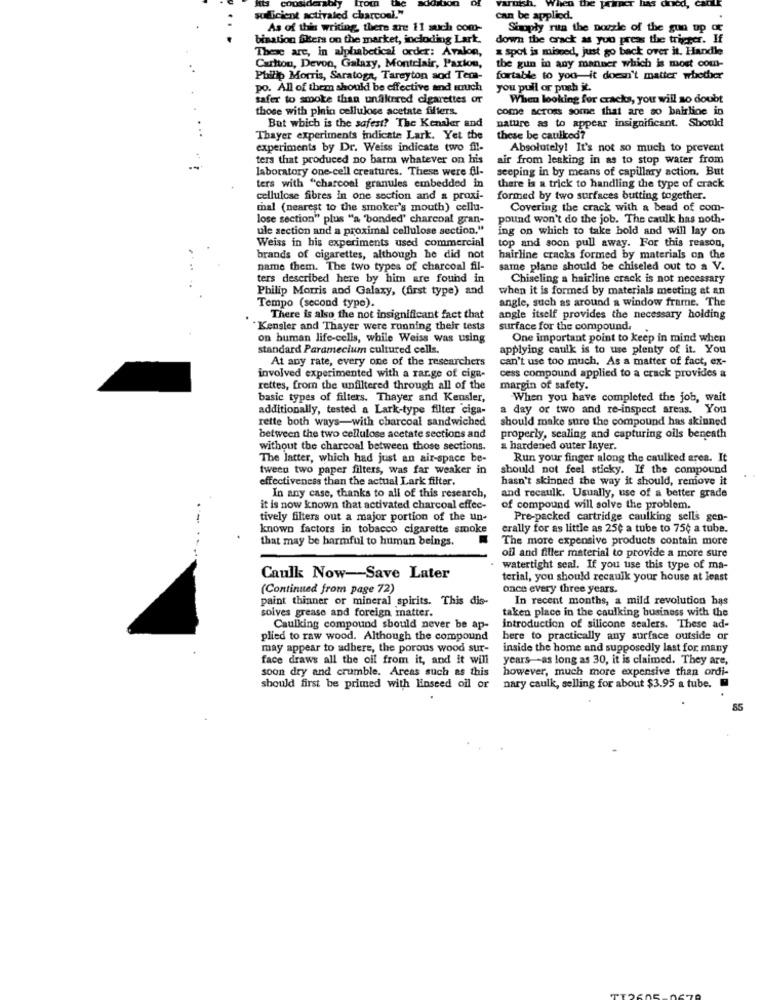
has
sufficient activated charcoal."
can be applied.
As of this writing, there are 11 such com-
Supply rita the nozzle of the gun up
bination filers on the market, including Lark.
down the crack as you press the trigger. If
These are, in alphabetical order: Avalon,
a spot is missed, just go back over it. Handle
the gun in any manner which is most com-
Carlton, Devon, Galaxy, Montclair, Paxton,
Philip Morris, Saratoga, Tareyton aod Tem-
fortable to you it doesn't matter whether
po. All of them should be effective and much
you pull or push it.
safer to smoke than unfiltered cigarettes or
When looking for cracks, you will s0 doubt
those with plain cellulose acetate fiffers.
come across some that are so bairline in
But which is the safest? The Kenaler and
nature as to appear insignificant. Should
Thayer experiments indicate Lark. Yet the
these be caulied?
experiments by Dr. Weiss indicate two fil-
Absolutely! It's not so much to prevent
ters that produced no barm whatever on his
air from leaking in as to stop water from
laboratory one-cell creatures. These were fl-
seeping in by means of capillary action. But
ters with "charcoal granules embedded in
there is a trick to handling the type of crack
cellulose fibres in one section and a proxi-
formed by two surfaces butting together.
mal (nearest to the smoker's mouth) cellu-
Covering the crack with a bead of com-
lose section" plus "a 'bonded' charcoal gran-
pound won't do the job. The caulk has noth-
ule section and a proximal cellulose section."
ing on which to take bold and will lay on
Weiss in his experiments used commercial
top and soon pull away. For this reason,
brands of cigarettes, although he did not
hairline cracks formed by materials on the
name them. The two types of charcoal fil-
same plane should be chiseled out to a V.
ters described here by him are found in
Chiseling a hairline crack is not necessary
Philip Morris and Galaxy, (first type) and
when it is formed by materials meeting at an
angle, such as around a window frame. The
Tempo (second type).
There is also the not insignificant fact that
angle itself provides the necessary holding
"Kensler and Thayer were running their tests
surface for the compound.
on human life-cells, while Weiss was using
One important point to keep in mind when
standard Paramecium cultured cells.
applying caulk is to use plenty of it. You
At any rate, every one of the researchers
can't use too much, As a matter of fact, ex-
involved experimented with a range of cign-
cess compound applied to a crack provides a
rettes, from the unfiltered through all of the
margin of safety.
basic types of filters. Thayer and Kensler,
When you have completed the job, wait
additionally, tested a Lark-type filter ciga-
a day or two and re-inspect areas. You
rette both ways-with charcoal sandwiched
should make sure the compound has skinned
between the two cellulose acetate sections and
properly, sealing and capturing oils beneath
without the charcoal between those sections.
& hardened outer layer.
The latter, which had just an air-space be-
Run your finger along the caulked area. It
tweeu two paper filters, was far weaker in
should not feel sticky. If the compound
effectiveness than the actual Lark filter.
hasn't skinned the way it should, remove it
In any case, thanks to all of this research,
and recaulk. Usually, use of a better grade
it is now known that activated charcoal effec-
of compound will solve the problem.
tively filters out a major portion of the un-
Pre-packed cartridge caulking sells gen-
known factors in tobacco cigarette smoke
erally for as little as 25¢ a tube to 75¢ a tube.
that may be harmful to human beings.
The more expensive products contain more
oil and filler material to provide a more sure
watertight seal. If you use this type of ma-
Caulk Now-Save Later
terial, you should recauik your house at least
(Continued from page 72)
once every three years.
paint thinner or mineral spirits. This dis-
In recent months, a mild revolution has
soives grease and foreign matter.
taken place in the caulking business with the
Caulking compound should never be ap-
introduction of silicone sealers. These ad-
plied to raw wood. Although the compound
here to practically any surface outside or
may appear to adhere, the porous wood sur-
inside the home and supposedly last for many
face draws all the oil from it, and it will
years -- as long as 30, it is claimed. They are,
soon dry and crumble. Areas such as this
however, much more expensive than ordi-
should first be primed with Hinseed oil or
nary caulk, selling for about $3.95 a tube.